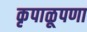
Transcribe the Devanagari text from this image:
कृपाळूपणा